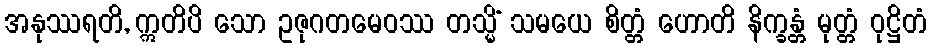
အနုဿရတိ, ဣတိပိ သော ဥဇုဂတမေဝဿ တသ္မိံ သမယေ စိတ္တံ ဟောတိ နိက္ခန္တံ မုတ္တံ ဝုဋ္ဌိတံ